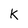
Character: K